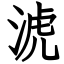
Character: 淲